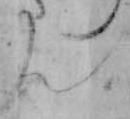
ん